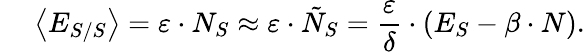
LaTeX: \quad\: \left<E_{S/S}\right>=\varepsilon\cdot N_{S}\approx\varepsilon\cdot\tilde{N}_{S}=\frac{\varepsilon}{\delta}\cdot\left(E_{S}-\beta\cdot N\right).